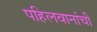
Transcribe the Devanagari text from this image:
पहिलवानांची